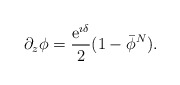
\begin{align*}\partial_z\phi= \frac{{\mathrm e}^{\imath \delta}}2 (1-\bar{\phi}^N).\end{align*}